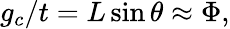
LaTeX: \begin{array}{r}{g_{c}/t=L\sin\theta\approx\Phi,}\end{array}